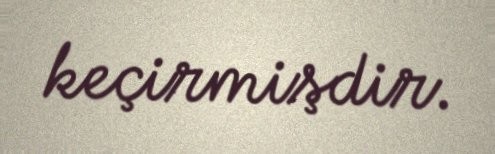
keçirmişdir.